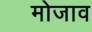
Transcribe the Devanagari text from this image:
मोजाव